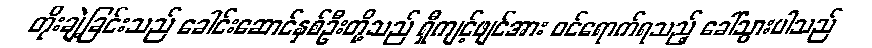
တိုးချဲ့ခြင်းသည် ခေါင်းဆောင်နှစ်ဦးတို့သည် ရှီကျင့်ဖျင်အား ဝင်ရောက်ရသည့် ခေါ်သွားပါသည်